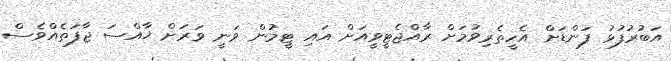
އަބުރުފުޅު ފަންޑަށް އެހީތެރިވުމަށް ރާއްޖެޓީވީއަށް އައި ޓީމުން ވަނީ ވަރަށް ޚާއްސަ ޖާފަތެއްވެސް